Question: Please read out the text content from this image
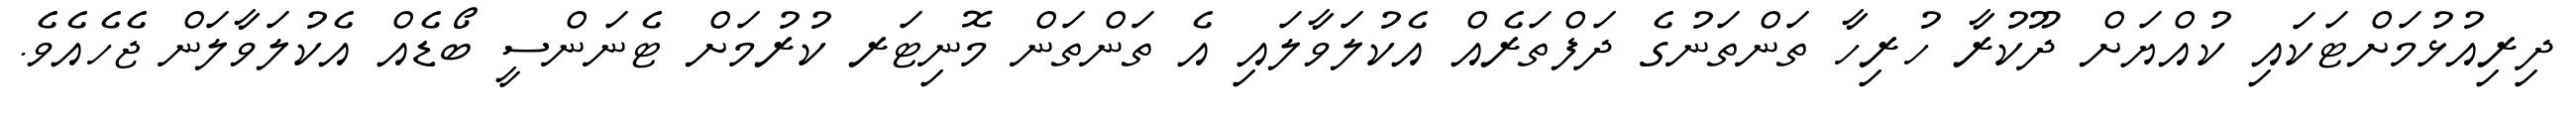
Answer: ދިރިއުޅުމަށްޓަކައި ކުއްޔަށް ދޫކުރާ ހުރިހާ ތަންތަނުގެ ދަފްތަރެއް އެކުލަވާލައި އެ ތަންތަން މޮނިޓަރ ކުރުމަށް ޓެނަންސީ ބޯޑެއް އެކުލަވާލަން ޖެހެއެވެ.